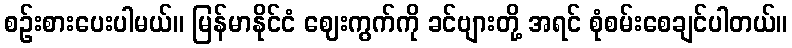
စဉ်းစားပေးပါမယ်။ မြန်မာနိုင်ငံ ဈေးကွက်ကို ခင်ဗျားတို့ အရင် စုံစမ်းစေချင်ပါတယ်။